Civil Veterinary Department. Central Provinces & Berar 1932-41 - 1932-1941
Year: 1932
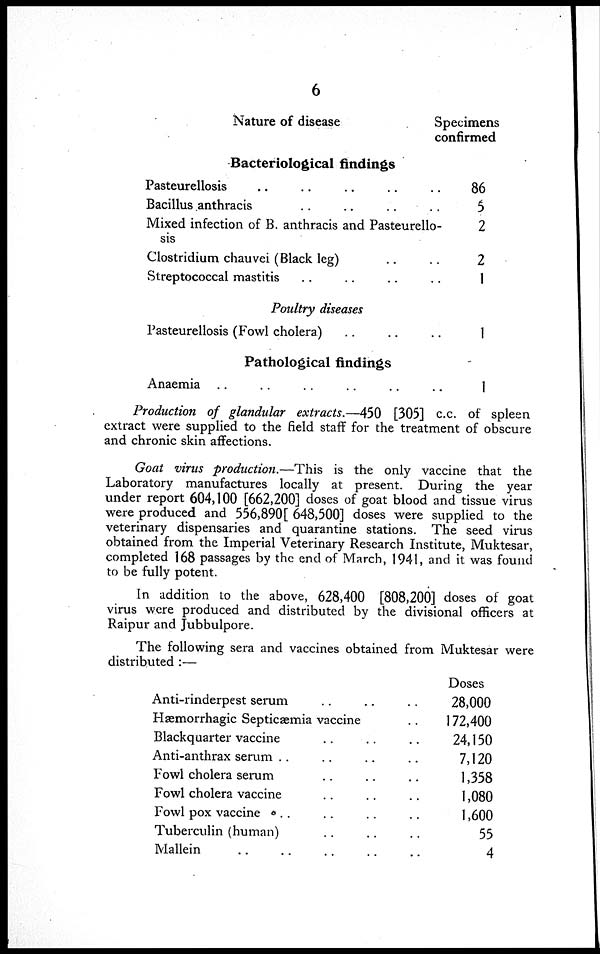
6
Nature of disease
Bacteriological findings
Pasteurellosis .. .. .. .. ..
Bacillus anthracis .. .. .. ..
Mixed infection of B. anthracis and Pasteurello-
sis
Clostridium chauvei (Black leg) .. ..
Streptococcal mastitis .. .. .. ..
Poultry diseases
Pasteurellosis (Fowl cholera) .. ..
Pathological findings
Anaemia .. .. .. .. ..
Specimens
confirmed
86
5
2
2
1
1
I
Production of glandular extracts.—450 [305] c.c. of spleen
extract were supplied to the field staff for the treatment of obscure
and chronic skin affections.
Goat virus production.—This
is the only vaccine that the
Laboratory manufactures locally at present. During the year
under report 604,100 [662,200] doses of goat blood and tissue virus
were produced and 556,890[ 648,500] doses were supplied to the
veterinary dispensaries and quarantine stations. The seed virus
obtained from the Imperial Veterinary Research Institute, Muktesar,
completed 168 passages by the end of March, 1941, and it was found
to be fully potent.
In addition to the above, 628,400 [808,200] doses of goat
virus were produced and distributed by the divisional officers at
Raipur and Jubbulpore.
The following sera and vaccines obtained from Muktesar were
distributed :—
Anti-rinderpest serum .. .. ..
Hæmorrhagic Septicæmia vaccine ..
Blackquarter vaccine .. .. ..
Anti-anthrax serum .. .. .. ..
Fowl cholera serum .. .. ..
Fowl cholera vaccine .. .. ..
Fowl pox vaccine .. .. .. ..
Tuberculin (human) .. .. ..
Mallein .. .. .. .. ..
Doses
28,000
172,400
24,150
7,120
1,358
1,080
1,600
55
4